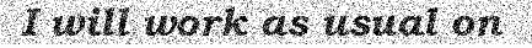
I will work as usual on